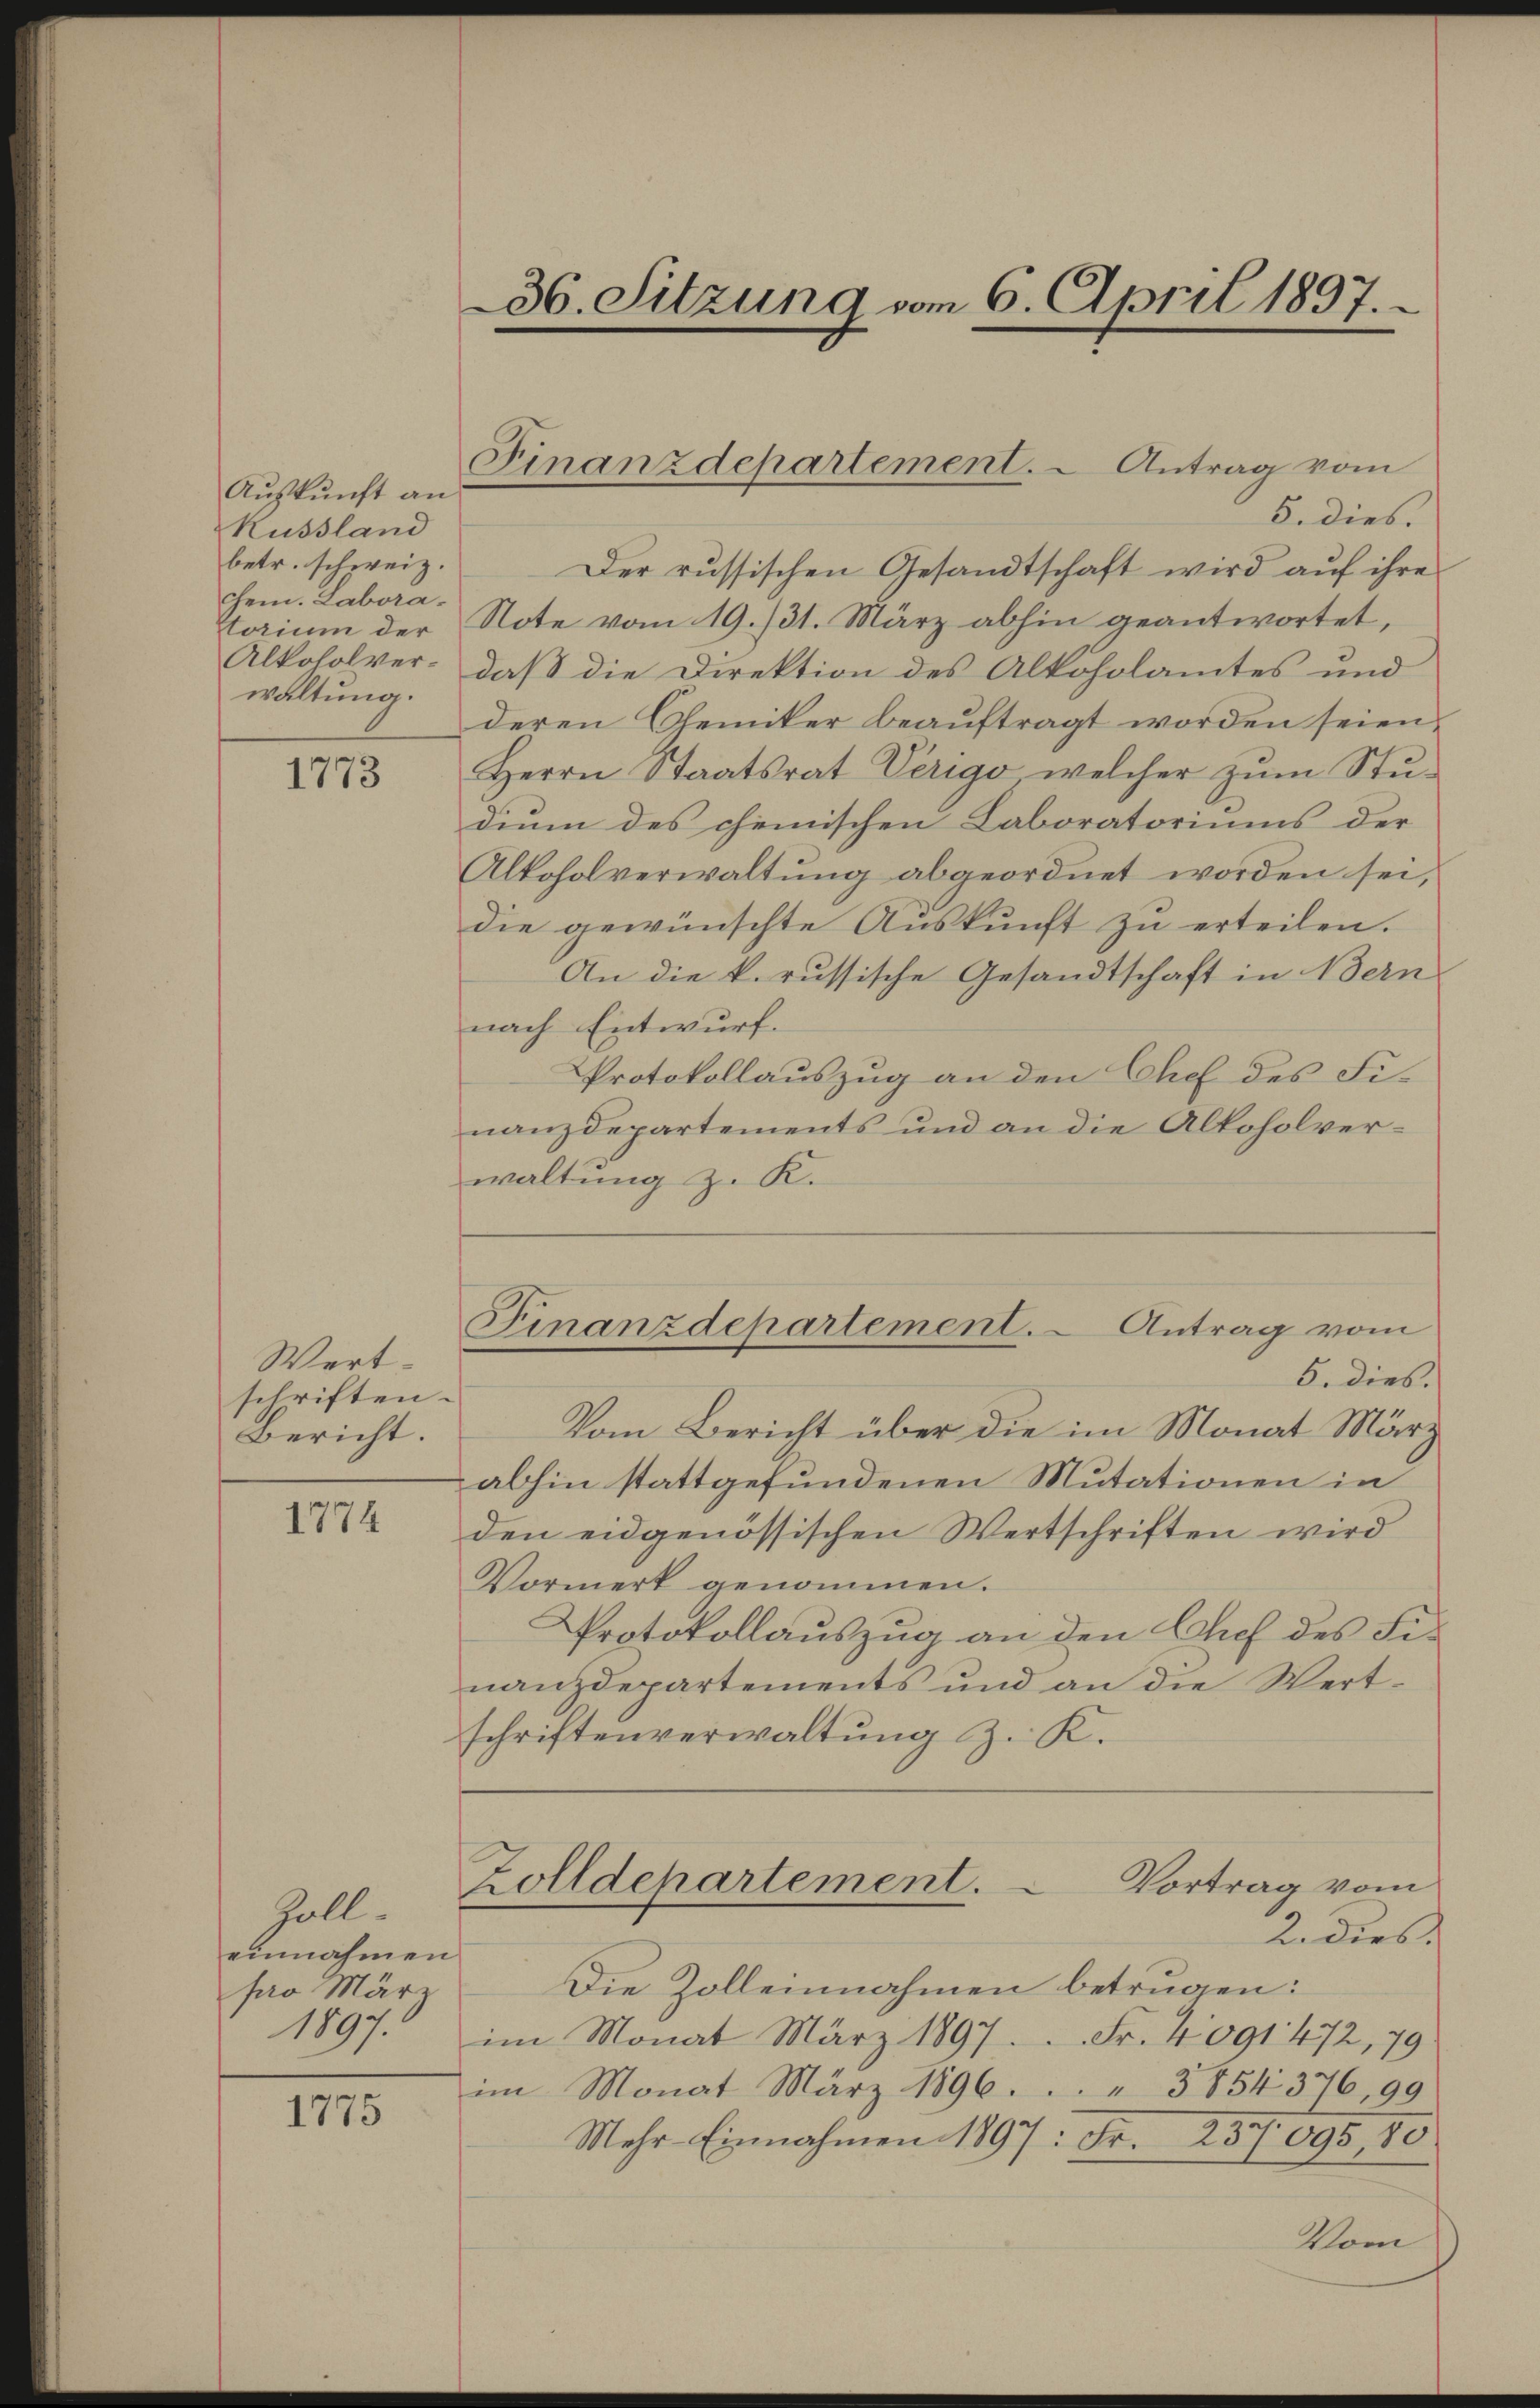
Auskunft an
Russland
betr. schweiz.
chem. Labora-
torium der
Alkoholverwaltung.

1773

Wertschriften.
Bericht.

1774

Zoll-
einnahmen
pro März
1897.

1775

36. Sitzung vom 6. April 1897.

Finanzdepartement. - Antrag vom

Finanzdepartement. - Antrag vom
5. dies.

5. dies.
Der russischen Gesandtschaft wird auf ihre
Note vom 19. 731. März abhin geantwortet,
daß die Direktion des Alkoholamtes und
deren Chemiker beauftragt worden seien,
Herrn Staatsrat Verigo, welcher zum Studium des chemischen Laboratoriums der
Alkoholverwaltung abgeordnet worden sei,
die gewünschte Auskunft zu erteilen.
An die k. russische Gesandtschaft in Bern
nach Entwurf.
Protokollauszug an den Chef des Finanzdepartements und an die Alkoholverwaltung z. K.
Vom Bericht über die im Monat März
abhin stattgefundenen Mutationen in
den eidgenössischen Wertschriften wird
Vormerk genommen.
Protokollauszug an den Chef des Finanzdepartements und an die Wert-
schriftenverwaltung z. K.
Vortrag vom
Zolldepartement.
2. dies
Die Zolleinnahmen betrugen:
im Monat März 1897 Fr. 4091 472, 79
im Monat März 1896. 3854 376, 99
Mehr-Einnahmen 1897: Fr. 237095, 80.
Vom